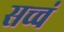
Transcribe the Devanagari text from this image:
सच्चं